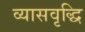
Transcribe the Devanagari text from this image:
व्यासवृद्धि